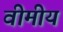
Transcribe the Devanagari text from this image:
वीमीय